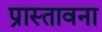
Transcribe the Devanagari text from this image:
प्रास्तावना